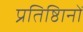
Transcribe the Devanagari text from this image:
प्रतिष्ठिानों